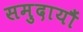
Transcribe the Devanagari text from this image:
समुदायौं